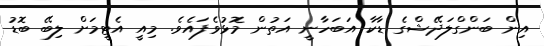
އިން ބަންގްލަދޭޝްގެ ޑާކާ އަބަހާނީ އަތުން މޮޅުވެފައެވެ. މިއީ އެޓީމަށް ލިބޭ ބޮޑު